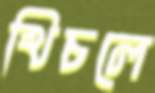
খিচলে